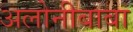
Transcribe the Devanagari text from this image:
अलोनीबाबा